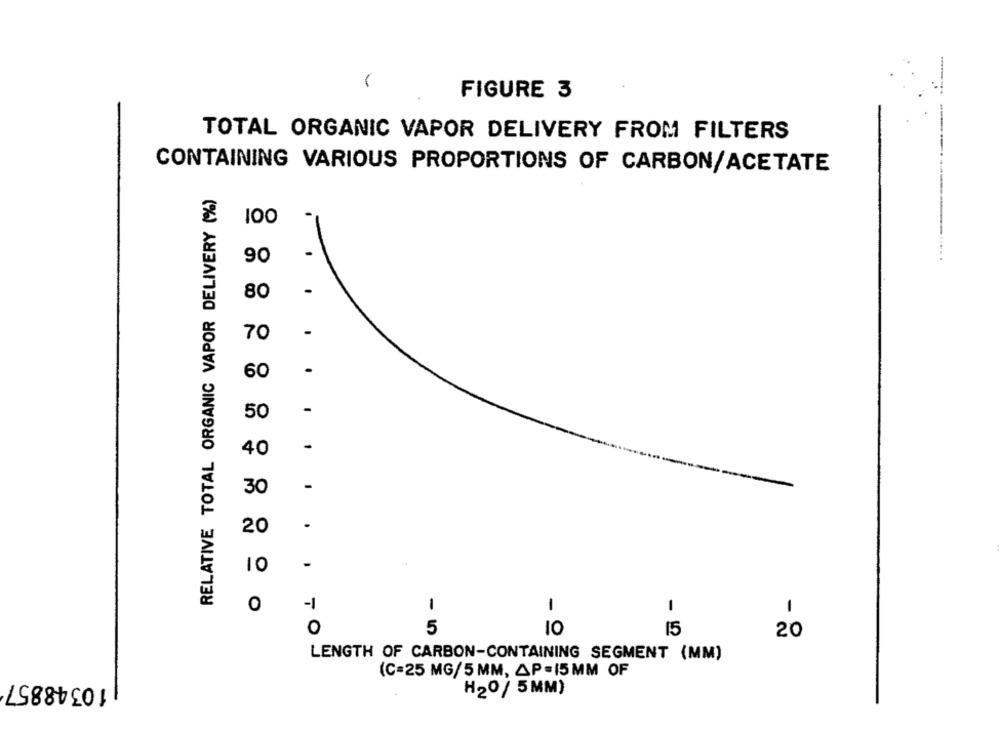
-
FIGURE 3
TOTAL ORGANIC VAPOR DELIVERY FROM FILTERS
CONTAINING VARIOUS PROPORTIONS OF CARBON/ACETATE
RELATIVE TOTAL ORGANIC VAPOR DELIVERY (%)
100
90
80
70
60
.
-
50
-
40
30
-
.
20
10
-
0
-1
1
1
1
1
0
5
10
15
20
LENGTH OF CARBON-CONTAINING SEGMENT (MM)
(C=25 MG/5 MM, AP=15MM OF
10348857
H20/ 5MM)